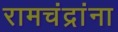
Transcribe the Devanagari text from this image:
रामचंद्रांना